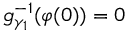
g _ { \gamma _ { 1 } } ^ { - 1 } ( \varphi ( 0 ) ) = 0